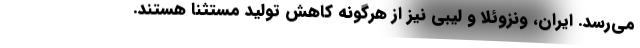
می‌رسد. ایران، ونزوئلا و لیبی نیز از هرگونه کاهش تولید مستثنا هستند.